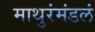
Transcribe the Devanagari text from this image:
माथुरंमंडलं